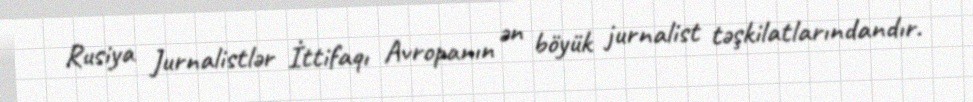
Rusiya Jurnalistlər İttifaqı Avropanın ən böyük jurnalist təşkilatlarındandır.